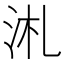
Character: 㳐